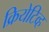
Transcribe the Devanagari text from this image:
क्रियेटिव्ह